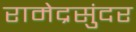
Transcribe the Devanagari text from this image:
रामेद्रसुंदर